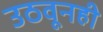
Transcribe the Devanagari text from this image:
उठवूनही